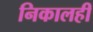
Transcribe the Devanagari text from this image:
निकालही